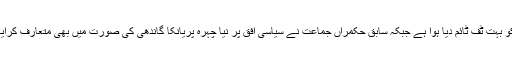
مجموعی طور پر کانگریس نے مختلف علاقوں میں بھارتیہ جنتا پارٹی کو بہت ٹف ٹائم دیا ہوا ہے جبکہ سابق حکمراں جماعت نے سیاسی افق پر نیا چہرہ پریانکا گاندھی کی صورت میں بھی متعارف کرایا جنہوں نے بی جے پی کے گڑھ میں اپنا پہلا بھرپور سیاسی شو کیا تھا۔